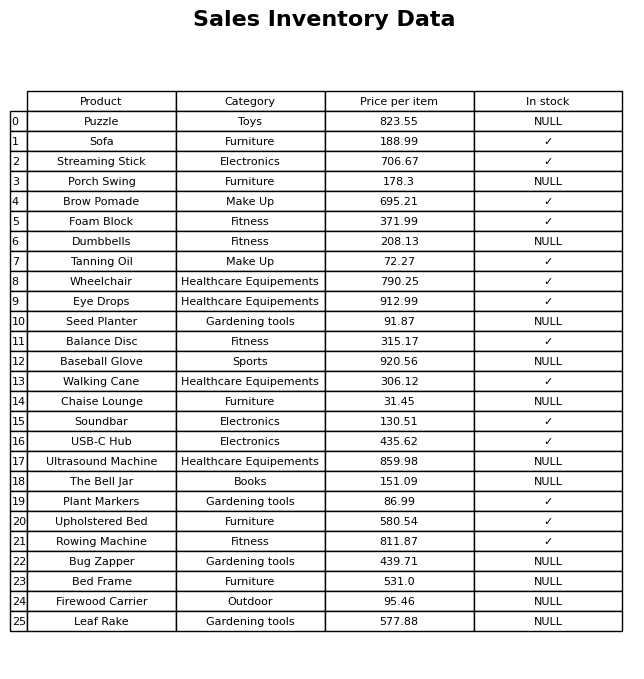
question: What is the price of the Baseball Glove?
answer: The price of Baseball Glove is 920.56.